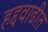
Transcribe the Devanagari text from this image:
हद्दवाढीत